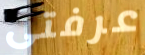
عرفتى